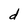
Character: d